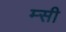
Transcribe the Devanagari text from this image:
म्सी